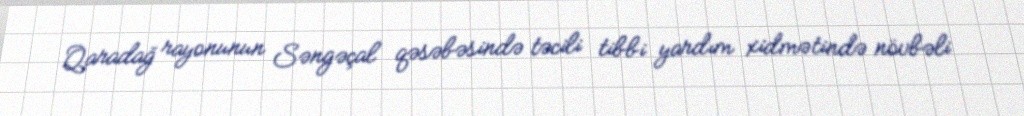
Qaradağ rayonunun Səngəçal qəsəbəsində təcili tibbi yardım xidmətində növbəli